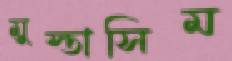
মুস্তাসিম